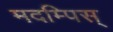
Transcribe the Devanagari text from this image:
मदम्पिस्